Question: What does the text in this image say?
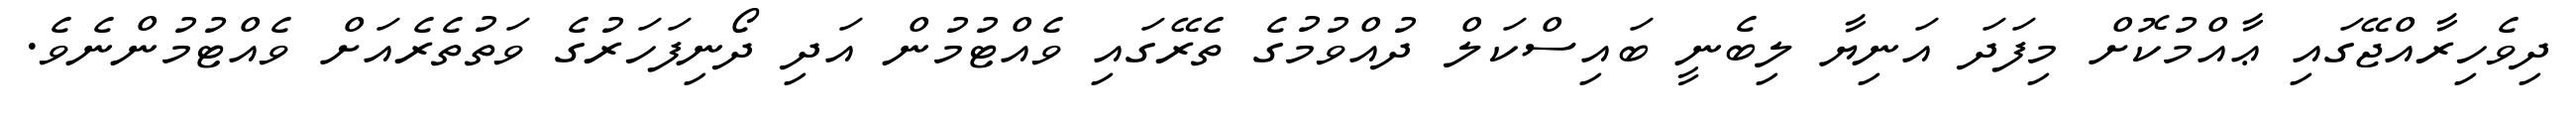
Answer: ދިވެހިރާއްޖޭގައި ޢާއްމުކޮށް މިފަދަ އަނިޔާ ލިބެނީ ބައިސްކަލް ދުއްވުމުގެ ތެރޭގައި ވެއްޓުމުން އަދި ދޯނިފަހަރުގެ ވަތުތެރެއަށް ވެއްޓުމުންނެވެ.